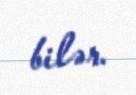
bilər.